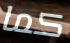
كما